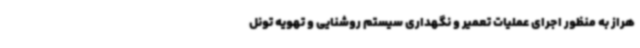
هراز به منظور اجرای عملیات تعمیر و نگهداری سیستم روشنایی و تهویه تونل